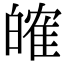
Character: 㿥